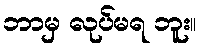
ဘာမှ လုပ်မရ ဘူး။